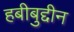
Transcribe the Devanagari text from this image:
हबीबुद्दीन